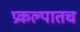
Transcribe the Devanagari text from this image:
प्रकल्पातच